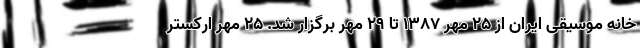
خانه موسیقی ایران از 25 مهر 1387 تا 29 مهر برگزار شد. 25 مهر ارکستر